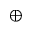
\oplus